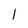
Character: l